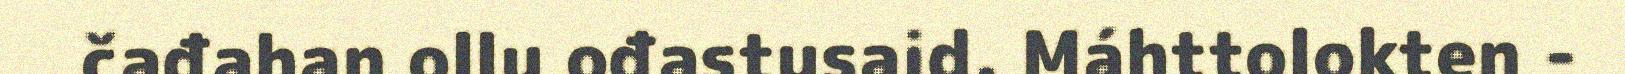
čađahan ollu ođastusaid. Máhttolokten -